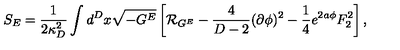
S _ { E } = { \frac { 1 } { 2 \kappa _ { D } ^ { 2 } } } \int d ^ { D } x \sqrt { - G ^ { E } } \left[ { \cal R } _ { G ^ { E } } - { \frac { 4 } { D - 2 } } ( \partial \phi ) ^ { 2 } - { \frac { 1 } { 4 } } e ^ { 2 a \phi } F _ { 2 } ^ { 2 } \right] ,